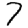
Digit: 7